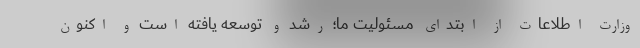
وزارت اطلاعات از ابتدای مسئولیت ما؛ رشد و توسعه یافته است و اکنون